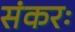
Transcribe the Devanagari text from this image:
संकरः